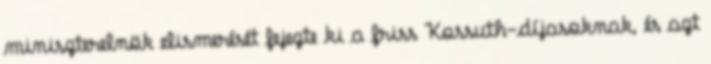
miniszterelnök elismerését fejezte ki a friss Kossuth-díjasoknak, és azt